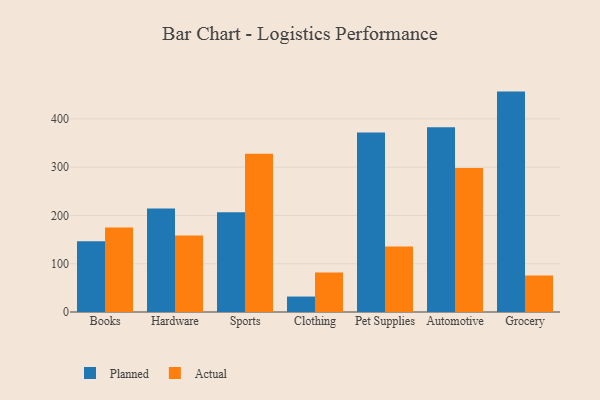
{"axis": {"x": "Category", "y": "Satisfaction Score"}, "legend": ["Actual", "Planned"], "data": [{"x": "Books", "y": 146.7, "type": "Planned"}, {"x": "Books", "y": 175.1, "type": "Actual"}, {"x": "Hardware", "y": 214.2, "type": "Planned"}, {"x": "Hardware", "y": 158.6, "type": "Actual"}, {"x": "Sports", "y": 206.8, "type": "Planned"}, {"x": "Sports", "y": 327.8, "type": "Actual"}, {"x": "Clothing", "y": 32.0, "type": "Planned"}, {"x": "Clothing", "y": 82.0, "type": "Actual"}, {"x": "Pet Supplies", "y": 372.0, "type": "Planned"}, {"x": "Pet Supplies", "y": 135.5, "type": "Actual"}, {"x": "Automotive", "y": 382.6, "type": "Planned"}, {"x": "Automotive", "y": 298.0, "type": "Actual"}, {"x": "Grocery", "y": 456.5, "type": "Planned"}, {"x": "Grocery", "y": 75.5, "type": "Actual"}]}